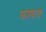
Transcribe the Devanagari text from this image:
कश्पय